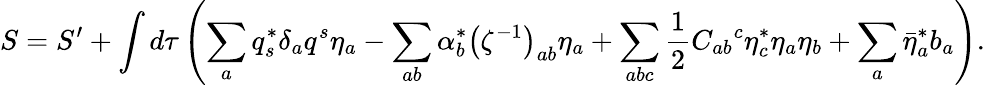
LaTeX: S=S^{\prime}+\int d\tau\left(\sum_{a}q_{s}^{*}\delta_{a}q^{s}\eta_{a}-\sum_{ab}\alpha_{b}^{*}\left(\zeta^{-1}\right)_{ab}\eta_{a}+\sum_{abc}\frac{1}{2}C_{ab}{}^{c}\eta_{c}^{*}\eta_{a}\eta_{b}+\sum_{a}\bar{\eta}_{a}^{*}b_{a}\right).